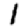
Digit: 1